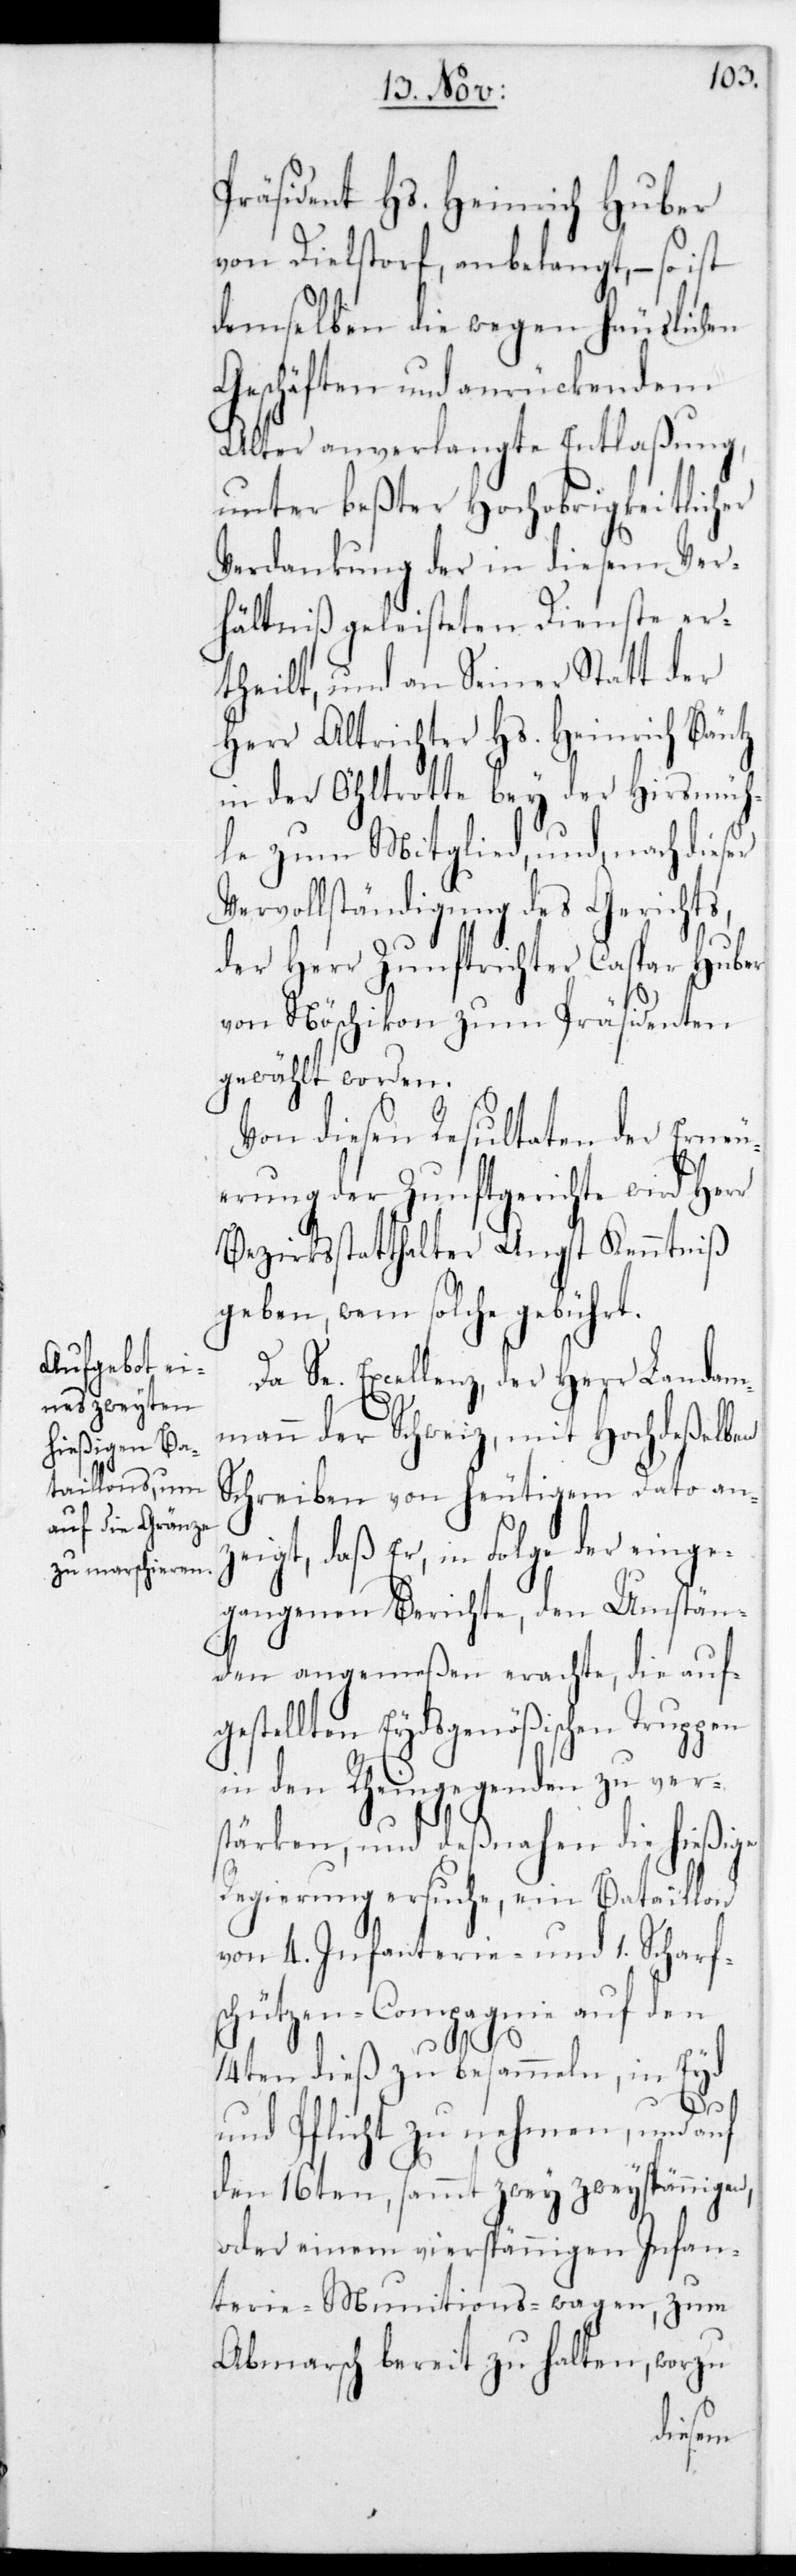
Präsident Hs. Heinrich Huber
von Dielstorf anbelangt, – so ist
demselben die wegen häuslichen
Geschäften und anrückendem
Alter anverlangte Entlaßung,
unter beßter Hochobrigkeitlicher
Verdankung der in diesem Ver¬
hältniß geleisteten Dienste er¬
theilt, und an Seiner Statt der
Herr Altrichter Hs. Heinrich Bäntz
in der Öhltrotte bey der Hirsmüh¬
le zum Mitglied, und nach dieser
Vervollständigung des Gerichts,
der Herr Zunftrichter Caspar Huber
von Nöschikon zum Präsidenten
gewählt worden.
Von diesen Resultaten der Erneu¬
erung der Zunftgerichte wird Herr
Bezirksstatthalter Angst Kenntniß
geben, wem solche gebührt.
Da Se. Excellenz, der Herr Landam¬
mann der Schweiz, mit Hochdeßelben
Schreiben von heutigem Dato an¬
zeigt, daß er, in Folge der einge¬
gangenen Berichte, den Umstän¬
den angemeßen erachte, die auf¬
gestellten Eydsgenößischen Truppen
in den Rheingegenden zu vers¬
tärken, und deßnahen die hießige
Regierung ersuche, ein Bataillon
von 4. Infanterie- und einer Scharf¬
schützen-Compagnie auf den
14ten dieß zu besammeln, in Eyd
und Pflicht zu nehmen, und auf
den 16ten, sammt zwey zweyspänniger
oder einem vierspännigen Infan¬
terie-Munitions-wagen zum
Abmarsch bereit zu halten, worzu